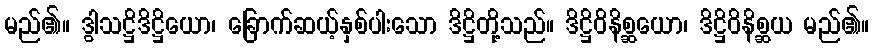
မည်၏။ ဒွါသဋ္ဌိဒိဋ္ဌိယော၊ ခြောက်ဆယ့်နှစ်ပါးသော ဒိဋ္ဌိတို့သည်။ ဒိဋ္ဌိဝိနိစ္ဆယော၊ ဒိဋ္ဌိဝိနိစ္ဆယ မည်၏။